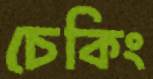
চেকিং